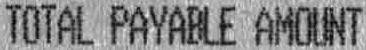
TOTAL PAYABLE AMOUNT